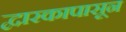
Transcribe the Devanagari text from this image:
द्वारकापासून